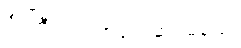
ဦးကြီးက လာဖို့အဆင်မပြေ။